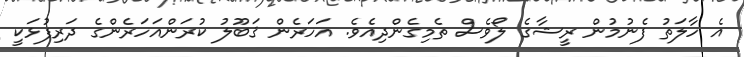
އެ ހާލަތު ފެނުމުން ރީޝާގެ ލޯޯވެސް ތެމިގެންދިއެވެ. އަހަރެން ޤަބޫލު ކުރަންއަހަރެންގެ ދަރިފުޅަކީ